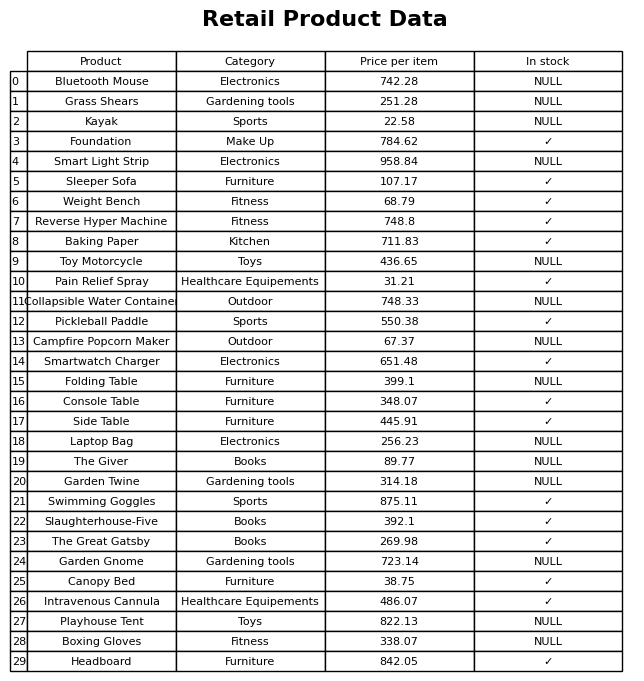
question: Is the Foundation in stock?
answer: ✓